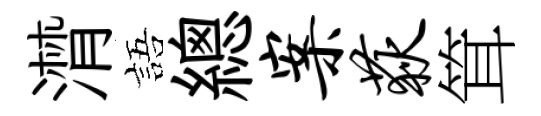
潸語總案荻䇯